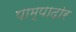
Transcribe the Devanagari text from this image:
पाम्पादोर